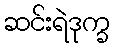
ဆင်းရဲဒုက္ခ